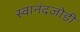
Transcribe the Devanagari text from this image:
स्वानंदजोडी